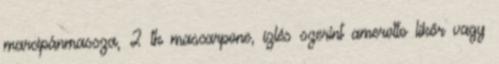
marcipánmassza, 2 tk mascarpone, ízlés szerint amerotto likőr vagy